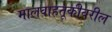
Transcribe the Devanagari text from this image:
मालवाहतूकीवरील